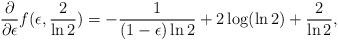
LaTeX: \begin{align*} \frac{\partial}{\partial \epsilon}f(\epsilon,\frac{2}{\ln2})=-\frac{1}{(1-\epsilon)\ln2}+2\log(\ln2)+\frac{2}{\ln2},\end{align*}